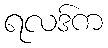
ရလဒ်က